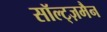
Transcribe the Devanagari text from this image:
सॉल्ट्ज़मैन